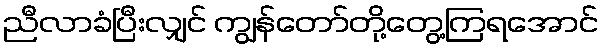
ညီလာခံပြီးလျှင် ကျွန်တော်တို့တွေ့ကြရအောင်